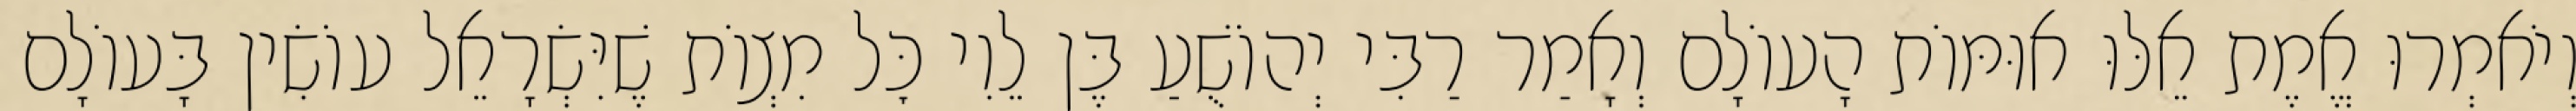
וְיֹאמְרוּ אֱמֶת אֵלּוּ אוּמּוֹת הָעוֹלָם וְאָמַר רַבִּי יְהוֹשֻׁעַ בֶּן לֵוִי כׇּל מִצְוֹת שֶׁיִּשְׂרָאֵל עוֹשִׂין בָּעוֹלָם